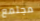
مجتمع